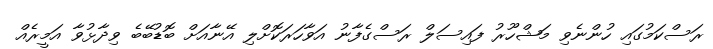
ރަސްކަމުގައި ހުންނެވި މަޝްހޫރު ފައިސަލް ރަސްގެފާނު އަވާހަރަކޮށްލި އޭނާއަށް ބޮޑުބޭބެ ވިދާޅުވާ އަމީރެއް